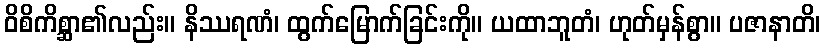
ဝိစိကိစ္ဆာ၏လည်း။ နိဿရဏံ၊ ထွက်မြောက်ခြင်းကို။ ယထာဘူတံ၊ ဟုတ်မှန်စွာ။ ပဇာနာတိ၊